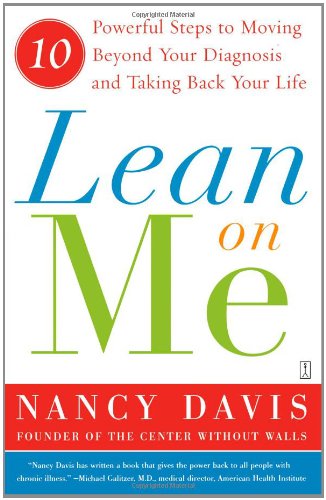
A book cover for Lean on Me: 10 Powerful Steps to Moving Beyond Your Diagnosis and Taking Back Your Life; Kathryn Lynn Davis; Health, Fitness & Dieting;